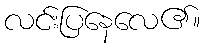
လင်းပြနေလေ၏။